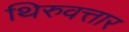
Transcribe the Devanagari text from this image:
थिरुवत्तार